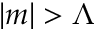
| m | > \Lambda